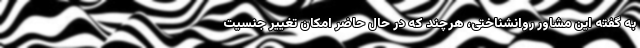
به گفته این مشاور روانشناختی، هرچند که در حال حاضر امکان تغییر جنسیت